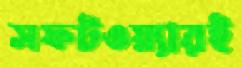
সফটওয়্যারই